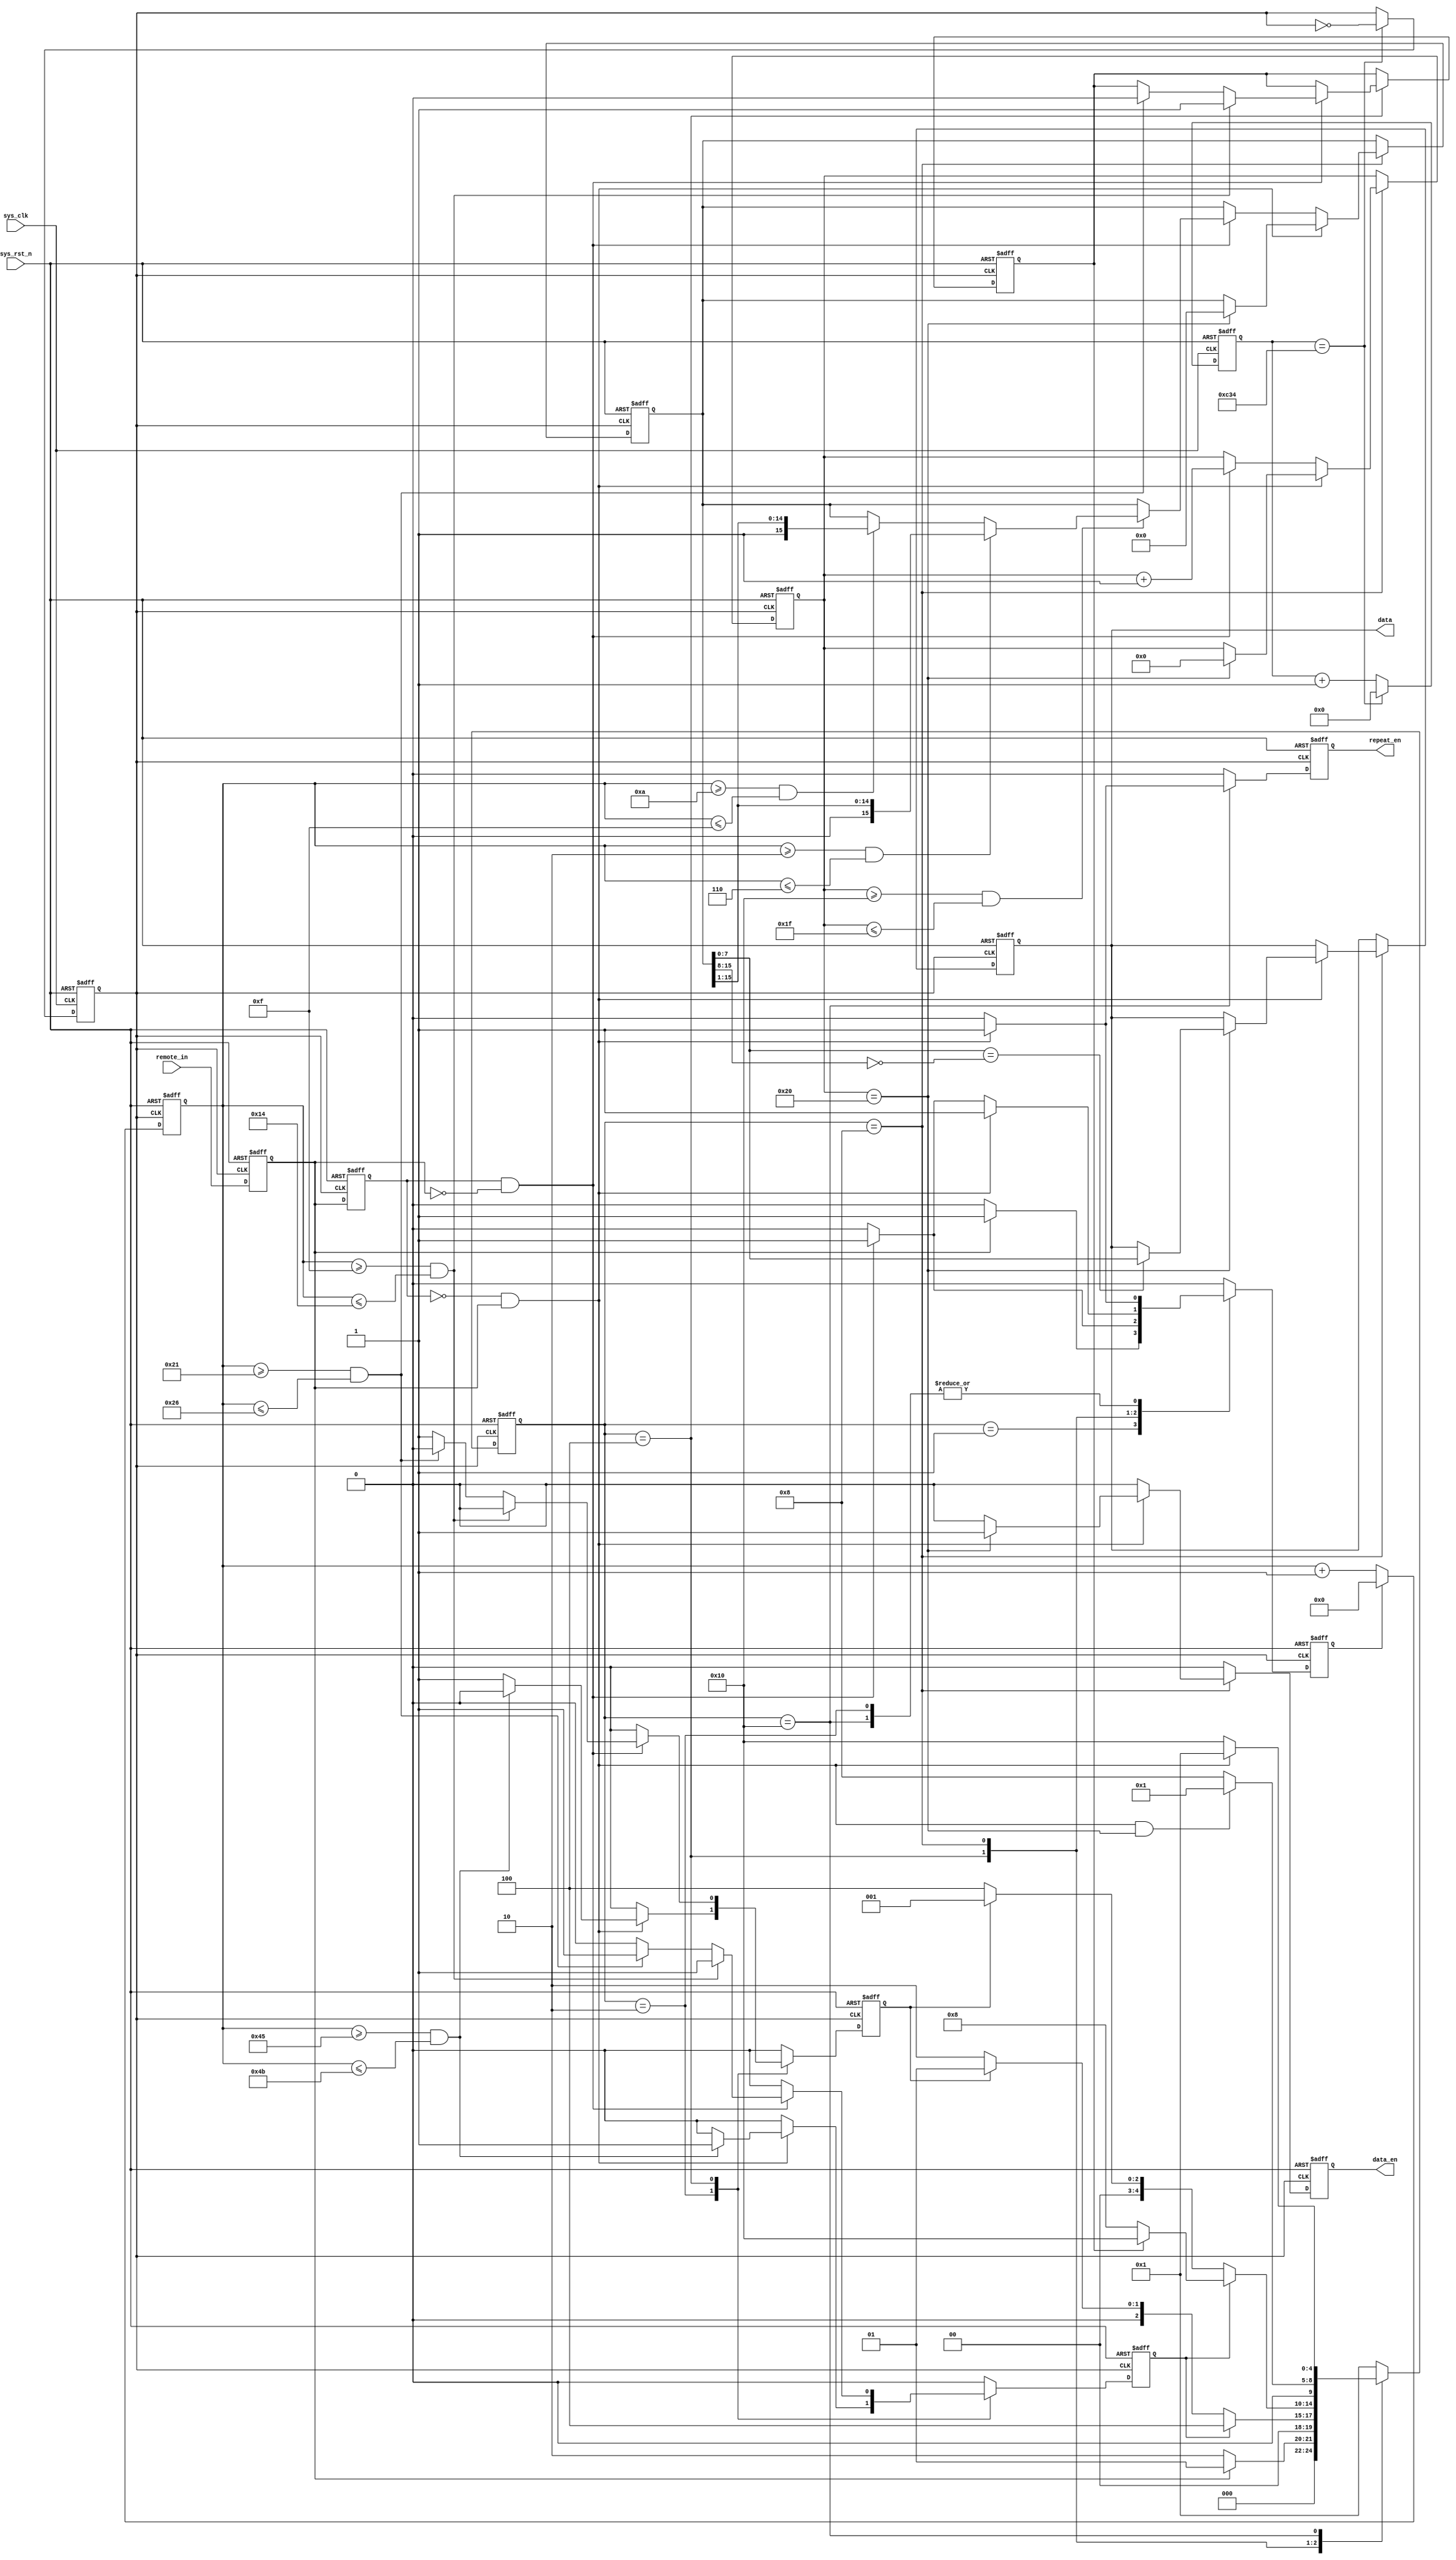
module remote_rcv(
    input                  sys_clk   ,  //
    input                  sys_rst_n ,  //
    
    input                  remote_in ,  //
    output    reg          repeat_en ,  //
    output    reg          data_en   ,  //
    output    reg  [7:0]   data         //
    );

//parameter define
parameter  st_idle           = 5'b0_0001;  //
parameter  st_start_low_9ms  = 5'b0_0010;  //
parameter  st_start_judge    = 5'b0_0100;  //()
parameter  st_rec_data       = 5'b0_1000;  //
parameter  st_repeat_code    = 5'b1_0000;  //

//reg define
reg    [4:0]    cur_state      ;
reg    [4:0]    next_state     ;

reg    [11:0]   div_cnt        ;  //
reg             div_clk        ;  //
reg             remote_in_d0   ;  //  -- 
reg             remote_in_d1   ;
reg    [7:0]    time_cnt       ;  //

reg             time_cnt_clr   ;  //
reg             time_done      ;  //
reg             error_en       ;  //
reg             judge_flag     ;  // 0:()  1:
reg    [15:0]   data_temp      ;  //
reg    [5:0]    data_cnt       ;  //       

//wire define
wire            pos_remote_in  ;  //
wire            neg_remote_in  ;  //

//*****************************************************
//**                    main code
//*****************************************************

assign  pos_remote_in = (~remote_in_d1) & remote_in_d0;
assign  neg_remote_in = remote_in_d1 & (~remote_in_d0);

//,50Mhz/(2*(3124+1))=8khz,T=0.125ms
always @(posedge sys_clk or negedge sys_rst_n  ) begin
    if (!sys_rst_n) begin
        div_cnt <= 12'd0;
        div_clk <= 1'b0;
    end    
    else if(div_cnt == 12'd3124) begin
        div_cnt <= 12'd0;
        div_clk <= ~div_clk;
    end    
    else
        div_cnt = div_cnt + 12'b1;
end

//
always @(posedge div_clk or negedge sys_rst_n) begin
    if(!sys_rst_n)
        time_cnt <= 8'b0;
    else if(time_cnt_clr)
        time_cnt <= 8'b0;
    else 
        time_cnt <= time_cnt + 8'b1;
end 

//remote_in
always @(posedge div_clk or negedge sys_rst_n) begin
    if(!sys_rst_n) begin
        remote_in_d0 <= 1'b0;
        remote_in_d1 <= 1'b0;
    end
    else begin
        remote_in_d0 <= remote_in;
        remote_in_d1 <= remote_in_d0;
    end
end

//
always @ (posedge div_clk or negedge sys_rst_n) begin
    if(!sys_rst_n)
        cur_state <= st_idle;
    else
        cur_state <= next_state ;
end

always @(*) begin
    next_state = st_idle;
    case(cur_state)
        st_idle : begin                           //
            if(remote_in_d0 == 1'b0)
                next_state = st_start_low_9ms;
            else
                next_state = st_idle;            
        end
        st_start_low_9ms : begin                  //
            if(time_done)
                next_state = st_start_judge;
            else if(error_en)
                next_state = st_idle;
            else
                next_state = st_start_low_9ms;
        end
        st_start_judge : begin                    //()
            if(time_done) begin
                if(judge_flag == 1'b0)
                    next_state = st_rec_data;
                else 
                    next_state = st_repeat_code;
            end
            else if(error_en)
                next_state = st_idle;
            else
                next_state = st_start_judge;
        end
        st_rec_data : begin                       //
            if(pos_remote_in && data_cnt == 6'd32) 
                next_state = st_idle;
            else
                next_state = st_rec_data;                
        end
        st_repeat_code : begin                    //
            if(pos_remote_in)
                next_state = st_idle;
            else
                next_state = st_repeat_code;    
        end    
        default : next_state = st_idle;
    endcase
end

always @(posedge div_clk or negedge sys_rst_n ) begin 
    if (!sys_rst_n) begin  
        time_cnt_clr <= 1'b0;
        time_done <= 1'b0;
        error_en <= 1'b0;
        judge_flag <= 1'b0;
        data_en <= 1'b0;
        data <= 8'd0;
        repeat_en <= 1'b0;
        data_cnt <= 6'd0;
        data_temp <= 32'd0;
    end
    else begin
        time_cnt_clr <= 1'b0;
        time_done <= 1'b0;			//
        error_en <= 1'b0;
        repeat_en <= 1'b0;
        data_en <= 1'b0;
        case(cur_state)
            st_idle           : begin
                time_cnt_clr <= 1'b1;
                if(remote_in_d0 == 1'b0)
                    time_cnt_clr <= 1'b0;
            end   
            st_start_low_9ms  : begin                             //9ms/0.125ms = 72
                if(pos_remote_in) begin  
                    time_cnt_clr <= 1'b1;                  
                    if(time_cnt >= 69 && time_cnt <= 75)
                        time_done <= 1'b1;  
                    else 
                        error_en <= 1'b1;
                end   
            end
            st_start_judge : begin
                if(neg_remote_in) begin   
                    time_cnt_clr <= 1'b1;   
                    //2.25ms 2.25/0.125 = 18      
                    if(time_cnt >= 15 && time_cnt <= 20) begin
                        time_done <= 1'b1;
                        judge_flag <= 1'b1;
                    end    
                    //4.5ms 4.5/0.125 = 36
                    else if(time_cnt >= 33 && time_cnt <= 38) begin
                        time_done <= 1'b1;
                        judge_flag <= 1'b0;                        
                    end
                    else
                        error_en <= 1'b1;
                end                       
            end
            st_rec_data : begin                                  
                if(pos_remote_in) begin
                    time_cnt_clr <= 1'b1;
                    if(data_cnt == 6'd32) begin
                        data_en <= 1'b1;
                        data_cnt <= 6'd0;
                        data_temp <= 16'd0;
                        if(data_temp[7:0] == ~data_temp[15:8])    //
                            data <= data_temp[7:0];
                    end
                end
                else if(neg_remote_in) begin
                    time_cnt_clr <= 1'b1;
                    data_cnt <= data_cnt + 1'b1;    
                    //        
                    if(data_cnt >= 6'd16 && data_cnt <= 6'd31) begin 
                        if(time_cnt >= 2 && time_cnt <= 6) begin  //0.565/0.125 = 4.52
                            data_temp <= {1'b0,data_temp[15:1]};  //0
                        end
                        else if(time_cnt >= 10 && time_cnt <= 15) //1.69/0.125 = 13.52
                            data_temp <= {1'b1,data_temp[15:1]};  //1
                    end
                end
            end
            st_repeat_code : begin                                
                if(pos_remote_in) begin                           
                    time_cnt_clr <= 1'b1;
                    repeat_en <= 1'b1;
                end
            end
            default : ;
        endcase
    end
end

endmodule